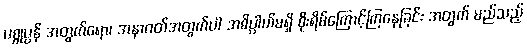
ပစ္စုပ္ပန် အတွက်ရော၊ အနာဂတ်အတွက်ပါ အဓိပ္ပာယ်မရှိ စိုးရိမ်ကြောင့်ကြနေခြင်း အတွက် မည်သည့်